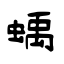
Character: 蝺